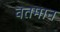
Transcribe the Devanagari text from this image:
वतमान